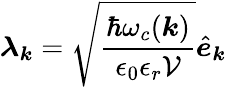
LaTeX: {\boldsymbol\lambda}_{{\boldsymbol k}}=\sqrt{\frac{\hbar\omega_{c}({\boldsymbol k})}{{\epsilon_{0}\epsilon_{r}\mathcal{V}}}}\hat{\boldsymbol e}_{{\boldsymbol k}}